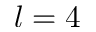
l = 4